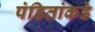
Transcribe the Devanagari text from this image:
पंडितांकडे